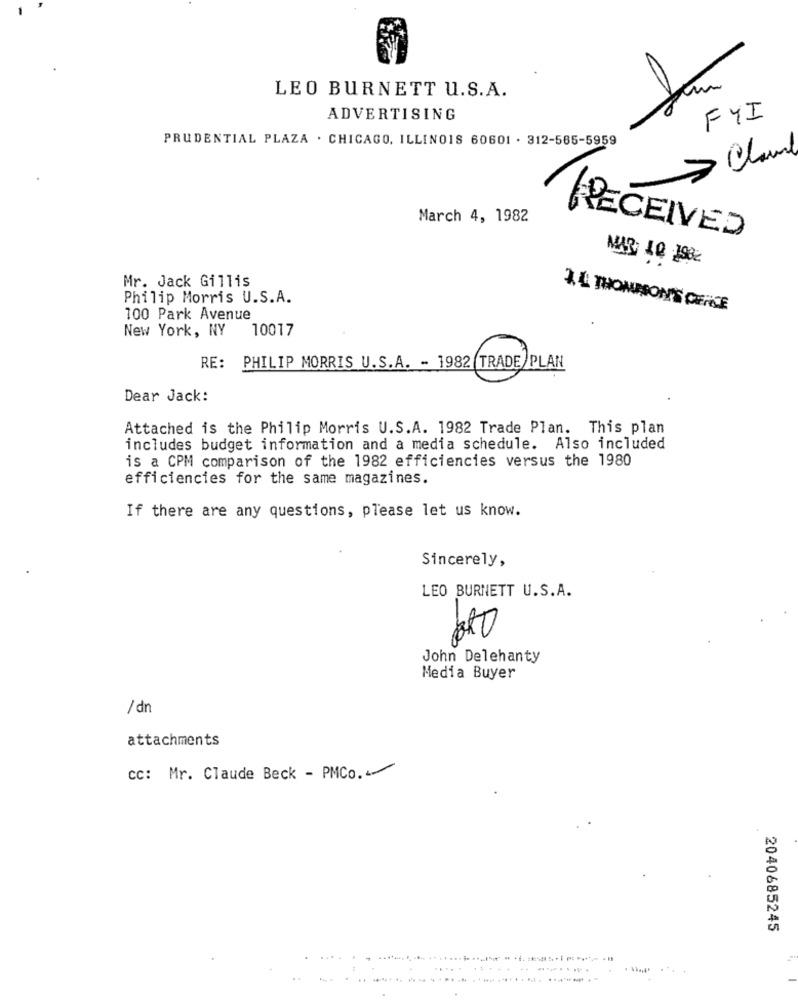
LEO BURNETT U.S.A.
ADVERTISING
FYI
PRUDENTIAL PLAZA . CHICAGO, ILLINOIS 60601 . 312-565-5959
> Chaud
March 4, 1982
RECEIVED
MAR 10 1982
Mr. Jack Gillis
Philip Morris U.S.A.
1.4 THOMRON'S OFFICE
100 Park Avenue
New York, NY
10017
RE: PHILIP MORRIS U.S.A. - 1982 TRADE PLAN
Dear Jack:
Attached is the Philip Morris U.S.A. 1982 Trade Plan. This plan
includes budget information and a media schedule. Also included
is a CPM comparison of the 1982 efficiencies versus the 1980
efficiencies for the same magazines.
If there are any questions, please let us know.
Sincerely,
LEO BURNETT U.S.A.
John Delehanty
Media Buyer
/dn
attachments
cc: Mr. Claude Beck - PMCo.
2040685245
..... ................
... ........